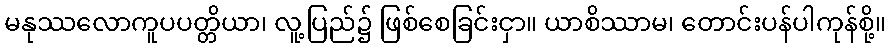
မနုဿလောကူပပတ္တိယာ၊ လူ့ပြည်၌ ဖြစ်စေခြင်းငှာ။ ယာစိဿာမ၊ တောင်းပန်ပါကုန်စို့။